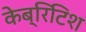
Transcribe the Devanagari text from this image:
केब्रिटिश